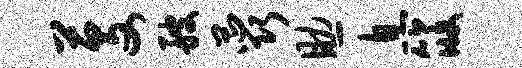
芟艘蕊助息筱